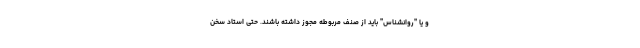
و یا "روانشناس" باید از صنف مربوطه مجوز داشته باشند. حتی استاد سخن